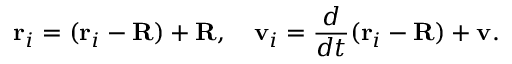
\mathbf { r } _ { i } = ( \mathbf { r } _ { i } - \mathbf { R } ) + \mathbf { R } , \quad \mathbf { v } _ { i } = { \frac { d } { d t } } ( \mathbf { r } _ { i } - \mathbf { R } ) + \mathbf { v } .